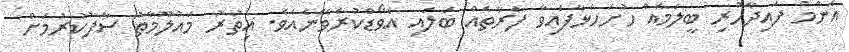
އެންމެ ފައިދާހުރި ބީލަމެއް ހުށަހަޅާފައިވާ ފަރާތެއް ބަލައި އެވޯޑްކުރެވޭނެއެވެ. އިތުރު މައުލޫމާތު ސާފުކުރުމަށް